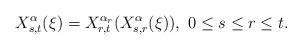
LaTeX: \begin{align*}X_{s,t}^{\alpha}(\xi)= X^{\alpha_r}_{r,t}(X_{s,r}^{\alpha}(\xi)), ~ 0\leq s \leq r \leq t.\end{align*}